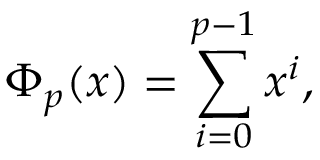
\Phi _ { p } ( x ) = \sum _ { i = 0 } ^ { p - 1 } x ^ { i } ,